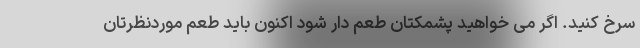
سرخ کنید. اگر می خواهید پشمکتان طعم دار شود اکنون باید طعم موردنظرتان